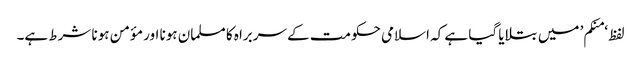
لفظ ‘منکم’ میں بتلایا گیا ہے کہ اسلامی حکومت کے سربراہ کا مسلمان ہونا اور مؤمن ہونا شرط ہے۔